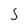
Character: S